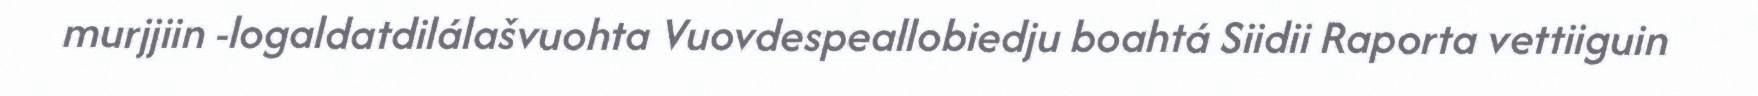
murjjiin -logaldatdilálašvuohta Vuovdespeallobiedju boahtá Siidii Raporta vettiiguin